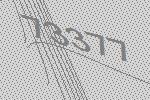
73377